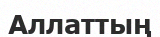
Аллаттың